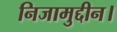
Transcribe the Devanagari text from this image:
निजामुद्दीन।